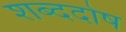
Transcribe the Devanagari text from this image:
शब्ददोष